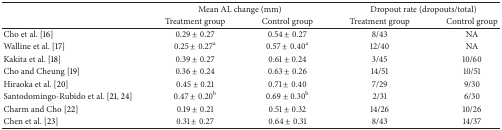
<table><thead><tr><td><b> </b></td><td colspan="2"><b>Mean AL change (mm)</b></td><td colspan="2"><b>Dropout rate (dropouts/total)</b></td></tr><tr><td><b> </b></td><td><b>Treatment group </b></td><td><b>Control group</b></td><td><b>Treatment group </b></td><td><b>Control group</b></td></tr></thead><tbody><tr><td>Cho et al. [16]</td><td>0.29 ± 0.27</td><td>0.54 ± 0.27</td><td>8/43</td><td>NA</td></tr><tr><td>Walline et al. [17]</td><td>0.25 ± 0.27<sup>a</sup></td><td>0.57 ± 0.40<sup>a</sup></td><td>12/40</td><td>NA</td></tr><tr><td>Kakita et al. [18]</td><td>0.39 ± 0.27</td><td>0.61 ± 0.24</td><td>3/45</td><td>10/60</td></tr><tr><td>Cho and Cheung [19]</td><td>0.36 ± 0.24</td><td>0.63 ± 0.26</td><td>14/51</td><td>10/51</td></tr><tr><td>Hiraoka et al. [20]</td><td>0.45 ± 0.21</td><td>0.71 ± 0.40</td><td>7/29</td><td>9/30</td></tr><tr><td>Santodomingo-Rubido et al. [21, 24]</td><td>0.47 ± 0.20<sup>b</sup></td><td>0.69 ± 0.30<sup>b</sup></td><td>2/31</td><td>6/30</td></tr><tr><td>Charm and Cho [22]</td><td>0.19 ± 0.21</td><td>0.51 ± 0.32</td><td>14/26</td><td>10/26</td></tr><tr><td>Chen et al. [23]</td><td>0.31 ± 0.27</td><td>0.64 ± 0.31</td><td>8/43</td><td>14/37</td></tr></tbody></table>